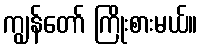
ကျွန်တော် ကြိုးစားမယ်။